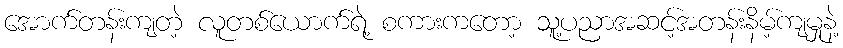
အောက်တန်းကျတဲ့ လူတစ်ယောက်ရဲ့ စကားကတော့ သူ့ပညာအဆင့်အတန်းနိမ့်ကျမှုနဲ့